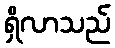
ရှိလာသည်